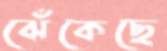
ঝেঁকেছে